Civil Veterinary Department. United Provinces 1932-42 - 1932-1942
Year: 1932
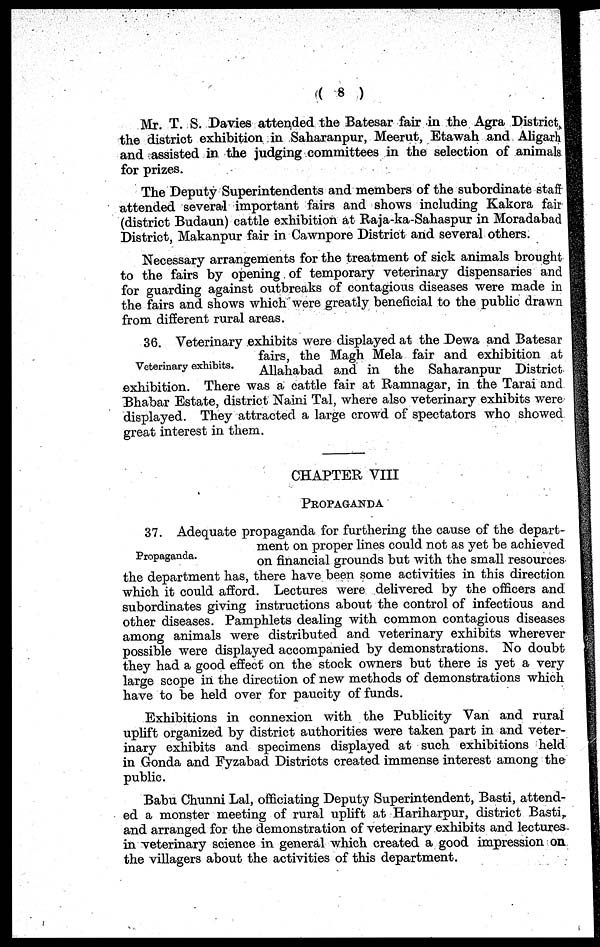
(8)
Mr. T. S. Davies attended the Batesar fair in the Agra District,
the district exhibition in Saharanpur, Meerut, Etawah and Aligarh
and assisted in the judging committees in the selection of animals
for prizes.
The Deputy Superintendents and members of the subordinate staff
attended several important fairs and shows including Kakora fair
(district Budaun) cattle exhibition at Raja-ka-Sahaspur in Moradabad
District, Makanpur fair in Cawnpore District and several others.
Necessary arrangements for the treatment of sick animals brought
to the fairs by opening of temporary veterinary dispensaries and
for guarding against outbreaks of contagious diseases were made in
the fairs and shows which were greatly beneficial to the public drawn
from different rural areas.
Veterinary exhibits.
36. Veterinary exhibits were displayed at the Dewa and Batesar
fairs, the Magh Mela fair and exhibition at
Allahabad and in the Saharanpur District
exhibition. There was a cattle fair at Ramnagar, in the Tarai and
Bhabar Estate, district Naini Tal, where also veterinary exhibits were
displayed. They attracted a large crowd of spectators who showed
great interest in them.
CHAPTER VIII
PROPAGANDA
Propaganda.
37. Adequate propaganda for furthering the cause of the depart-
ment on proper lines could not as yet be achieved
on financial grounds but with the small resources
the department has, there have been some activities in this direction
which it could afford. Lectures were delivered by the officers and
subordinates giving instructions about the control of infectious and
other diseases. Pamphlets dealing with common contagious diseases
among animals were distributed and veterinary exhibits wherever
possible were displayed accompanied by demonstrations. No doubt
they had a good effect on the stock owners but there is yet a very
large scope in the direction of new methods of demonstrations which
have to be held over for paucity of funds.
Exhibitions in connexion with the Publicity Van and rural
uplift organized by district authorities were taken part in and veter-
inary exhibits and specimens displayed at such exhibitions held
in Gonda and Fyzabad Districts created immense interest among the
public.
Babu Chunni Lal, officiating Deputy Superintendent, Basti, attend-
ed a monster meeting of rural uplift at Hariharpur, district Basti,
and arranged for the demonstration of veterinary exhibits and lectures
in veterinary science in general which created a good impression on
the villagers about the activities of this department.